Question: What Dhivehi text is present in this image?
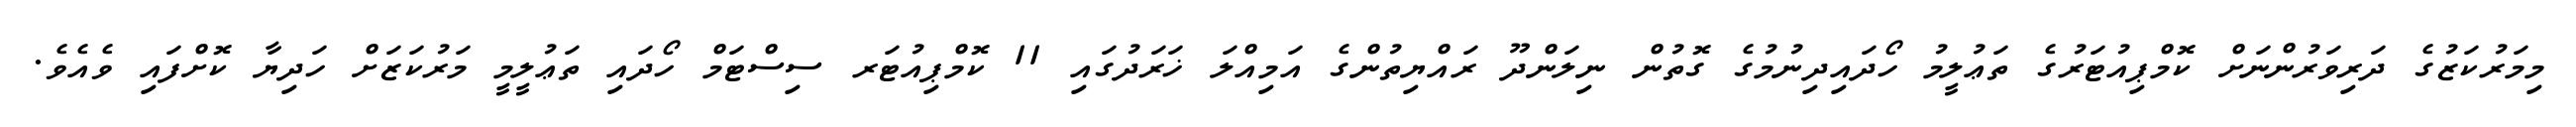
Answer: މިމަރުކަޒުގެ ދަރިވަރުންނަށް ކޮމްޕިއުޓަރުގެ ތަޢުލީމު ހޯދައިދިނުމުގެ ގޮތުން ނިލަންދޫ ރައްޔިތުންގެ އަމިއްލަ ޚަރަދުގައި 11 ކޮމްޕިއުޓަރ ސިސްޓަމް ހޯދައި ތަޢުލީމީ މަރުކަޒަށް ހަދިޔާ ކޮށްފައި ވެއެވެ.